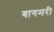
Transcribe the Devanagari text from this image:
बागमरी